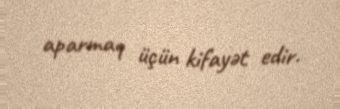
aparmaq üçün kifayət edir.